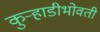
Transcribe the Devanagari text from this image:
कुर्‍हाडीभोवती